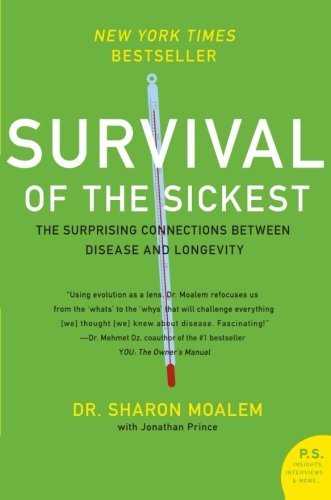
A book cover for Survival of the Sickest: The Surprising Connections Between Disease and Longevity (P.S.); Sharon Moalem; Medical Books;